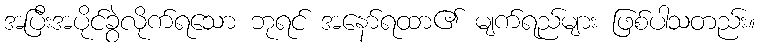
အပြီးအပိုင်ခွဲလိုက်ရသော ဘုရင် အနော်ရထာ၏ မျက်ရည်များ ဖြစ်ပါသတည်း။